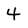
Character: 4